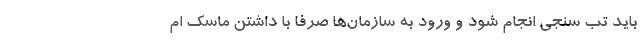
باید تب سنجی انجام شود و ورود به سازمان‌ها صرفاً با داشتن ماسک ام